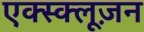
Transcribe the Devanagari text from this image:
एक्स्क्लूज़न